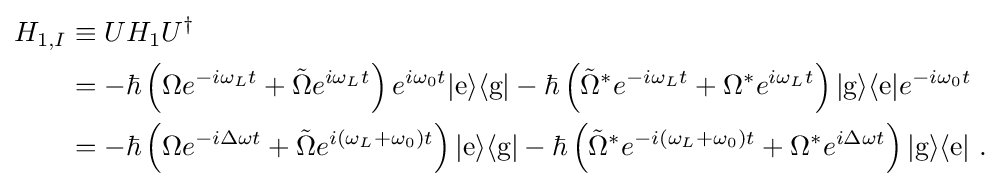
{\begin{aligned}H_{1,I}&\equiv UH_{1}U^{\dagger }\\&=-\hbar \left(\Omega e^{-i\omega _{L}t}+{\tilde {\Omega }}e^{i\omega _{L}t}\right)e^{i\omega _{0}t}|{\text{e}}\rangle \langle {\text{g}}|-\hbar \left({\tilde {\Omega }}^{*}e^{-i\omega _{L}t}+\Omega ^{*}e^{i\omega _{L}t}\right)|{\text{g}}\rangle \langle {\text{e}}|e^{-i\omega _{0}t}\\&=-\hbar \left(\Omega e^{-i\Delta \omega t}+{\tilde {\Omega }}e^{i(\omega _{L}+\omega _{0})t}\right)|{\text{e}}\rangle \langle {\text{g}}|-\hbar \left({\tilde {\Omega }}^{*}e^{-i(\omega _{L}+\omega _{0})t}+\Omega ^{*}e^{i\Delta \omega t}\right)|{\text{g}}\rangle \langle {\text{e}}|\ .\end{aligned}}